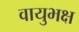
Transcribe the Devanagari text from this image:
वायुभक्ष